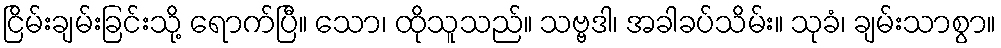
ငြိမ်းချမ်းခြင်းသို့ ရောက်ပြီ။ သော၊ ထိုသူသည်။ သဗ္ဗဒါ၊ အခါခပ်သိမ်း။ သုခံ၊ ချမ်းသာစွာ။